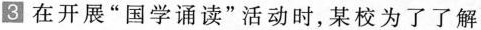
3 在开展”国学诵读”活动时，某校为了了解